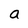
Character: a